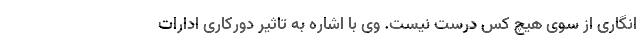
‌انگاری از سوی هیچ کس درست نیست. وی با اشاره به تاثیر دورکاری ادارات